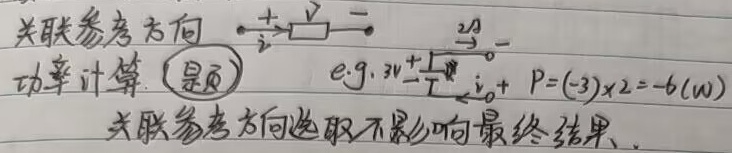
关联参考方向功率计算.（题）
e.g. \(v=-3V\), \(i = 2A\)， \(P=(-3)\times2=-6(W)\)
关联参考方向选取不影响最终结果.